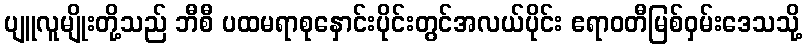
ပျူလူမျိုးတို့သည် ဘီစီ ပထမရာစုနှောင်းပိုင်းတွင်အလယ်ပိုင်း ဧရာဝတီမြစ်ဝှမ်းဒေသသို့